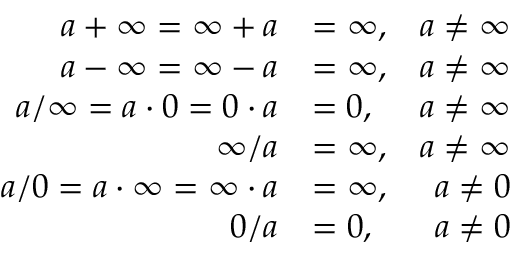
{ \begin{array} { r l r } { a + \infty = \infty + a } & { = \infty , } & { a \neq \infty } \\ { a - \infty = \infty - a } & { = \infty , } & { a \neq \infty } \\ { a / \infty = a \cdot 0 = 0 \cdot a } & { = 0 , } & { a \neq \infty } \\ { \infty / a } & { = \infty , } & { a \neq \infty } \\ { a / 0 = a \cdot \infty = \infty \cdot a } & { = \infty , } & { a \neq 0 } \\ { 0 / a } & { = 0 , } & { a \neq 0 } \end{array} }